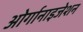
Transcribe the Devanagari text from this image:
ओर्गानाइजेशन